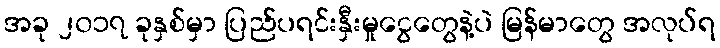
အခု ၂၀၁၇ ခုနှစ်မှာ ပြည်ပရင်းနှီးမှုငွေတွေနဲ့ပဲ မြန်မာတွေ အလုပ်ရ